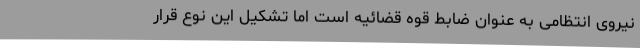
نیروی انتظامی به عنوان ضابط قوه قضائیه است اما تشکیل این نوع قرار